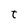
Character: t